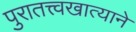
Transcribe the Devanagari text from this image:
पुरातत्त्वखात्याने